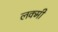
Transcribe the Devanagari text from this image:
लक्मी